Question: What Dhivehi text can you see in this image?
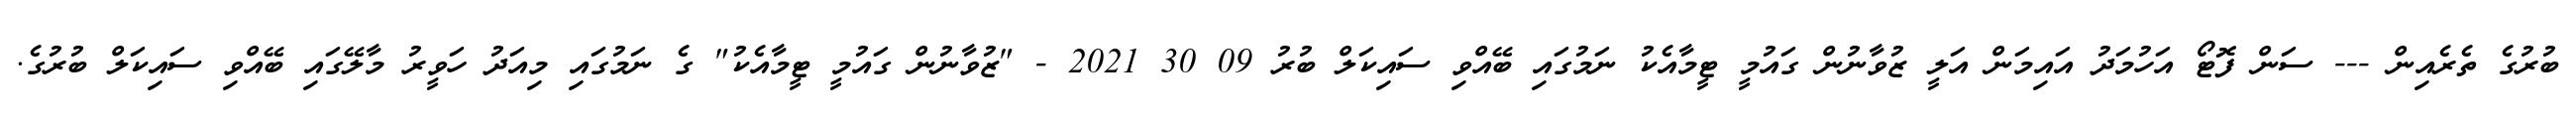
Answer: ބުރުގެ ތެރެއިން --- ސަން ފޮޓޯ އަހުމަދު އައިމަން އަލީ ޒުވާނުން ގައުމީ ޓީމާއެކު ނަމުގައި ބޭއްވި ސައިކަލް ބުރު 09 30 2021 - "ޒުވާނުން ގައުމީ ޓީމާއެކު" ގެ ނަމުގައި މިއަދު ހަވީރު މާލޭގައި ބޭއްވި ސައިކަލް ބުރުގެ.